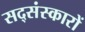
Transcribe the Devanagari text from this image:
सद्संस्कारों